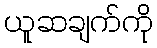
ယူဆချက်ကို